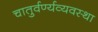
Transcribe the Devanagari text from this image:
चातुर्वर्ण्यव्यवस्था